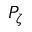
P _ { \zeta }